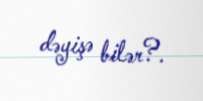
dəyişə bilər?.